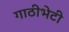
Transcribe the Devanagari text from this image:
गाठीभेटी